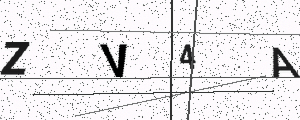
Text: ZV4A